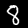
Label: 8